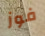
فوز